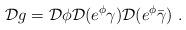
LaTeX: \begin{align*}{\cal D}g = {\cal D}\phi {\cal D}(e^\phi\gamma) {\cal D}(e^\phi\bar{\gamma})~.\end{align*}